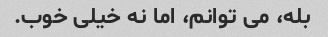
بله، می توانم، اما نه خیلی خوب.